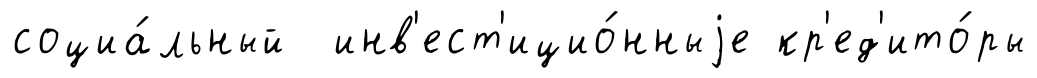
социа́льный инв'ест'ицио́нныjе кр'ед'ито́ры